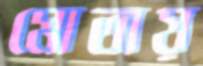
মোতায়